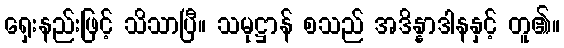
ရှေးနည်းဖြင့် သိသာပြီ။ သမုဋ္ဌာန် စသည် အဒိန္နာဒါနနှင့် တူ၏။